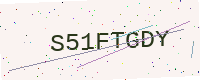
Text: S51FTGDY